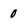
Character: 0